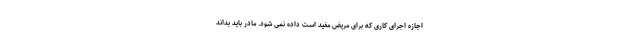
اجازه اجرای کاری که برای مریض مفید است داده نمی شود. مادر باید بداند